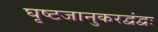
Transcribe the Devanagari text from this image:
घृष्टजानुकरद्वंद्वः